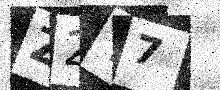
Text: Z2T7